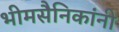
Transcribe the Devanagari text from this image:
भीमसैनिकांनी